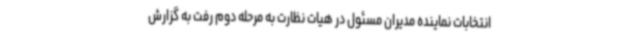
انتخابات نماینده مدیران مسئول در هیات نظارت به مرحله دوم رفت به گزارش